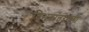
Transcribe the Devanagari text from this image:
विभवांतराच्या